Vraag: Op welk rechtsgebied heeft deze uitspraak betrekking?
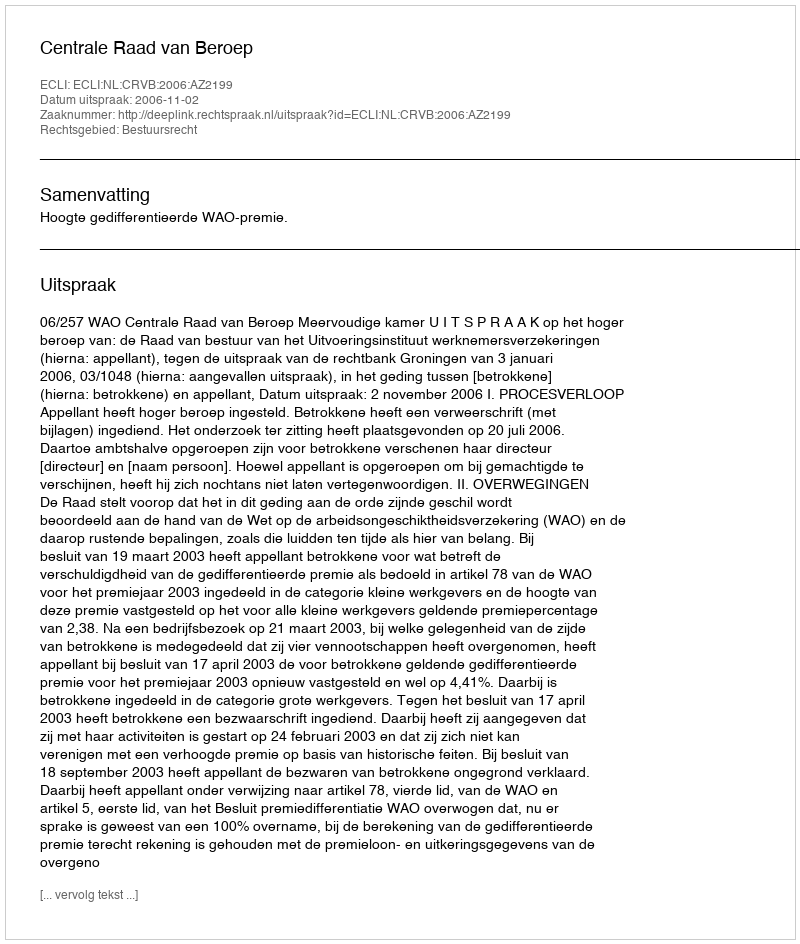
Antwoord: Bestuursrecht